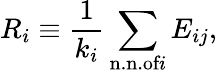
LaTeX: R_{i}\equiv\frac{1}{k_{i}}\sum_{{\textrm{n.n.of}}i}E_{ij},